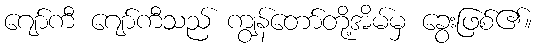
ဂျော်ကီ ဂျော်ကီသည် ကျွန်တော်တို့အိမ်မှ ခွေးဖြစ်၏။